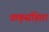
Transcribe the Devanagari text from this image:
ऋक्‌संहिता